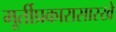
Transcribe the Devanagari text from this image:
मूर्तीप्रकारासारखे